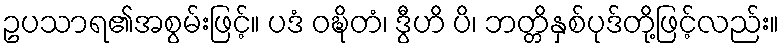
ဥပသာရ၏အစွမ်းဖြင့်။ ပဒံ ဝဍ္ဎိတံ၊ ဒွီဟိ ပိ၊ ဘတ္တိနှစ်ပုဒ်တို့ဖြင့်လည်း။